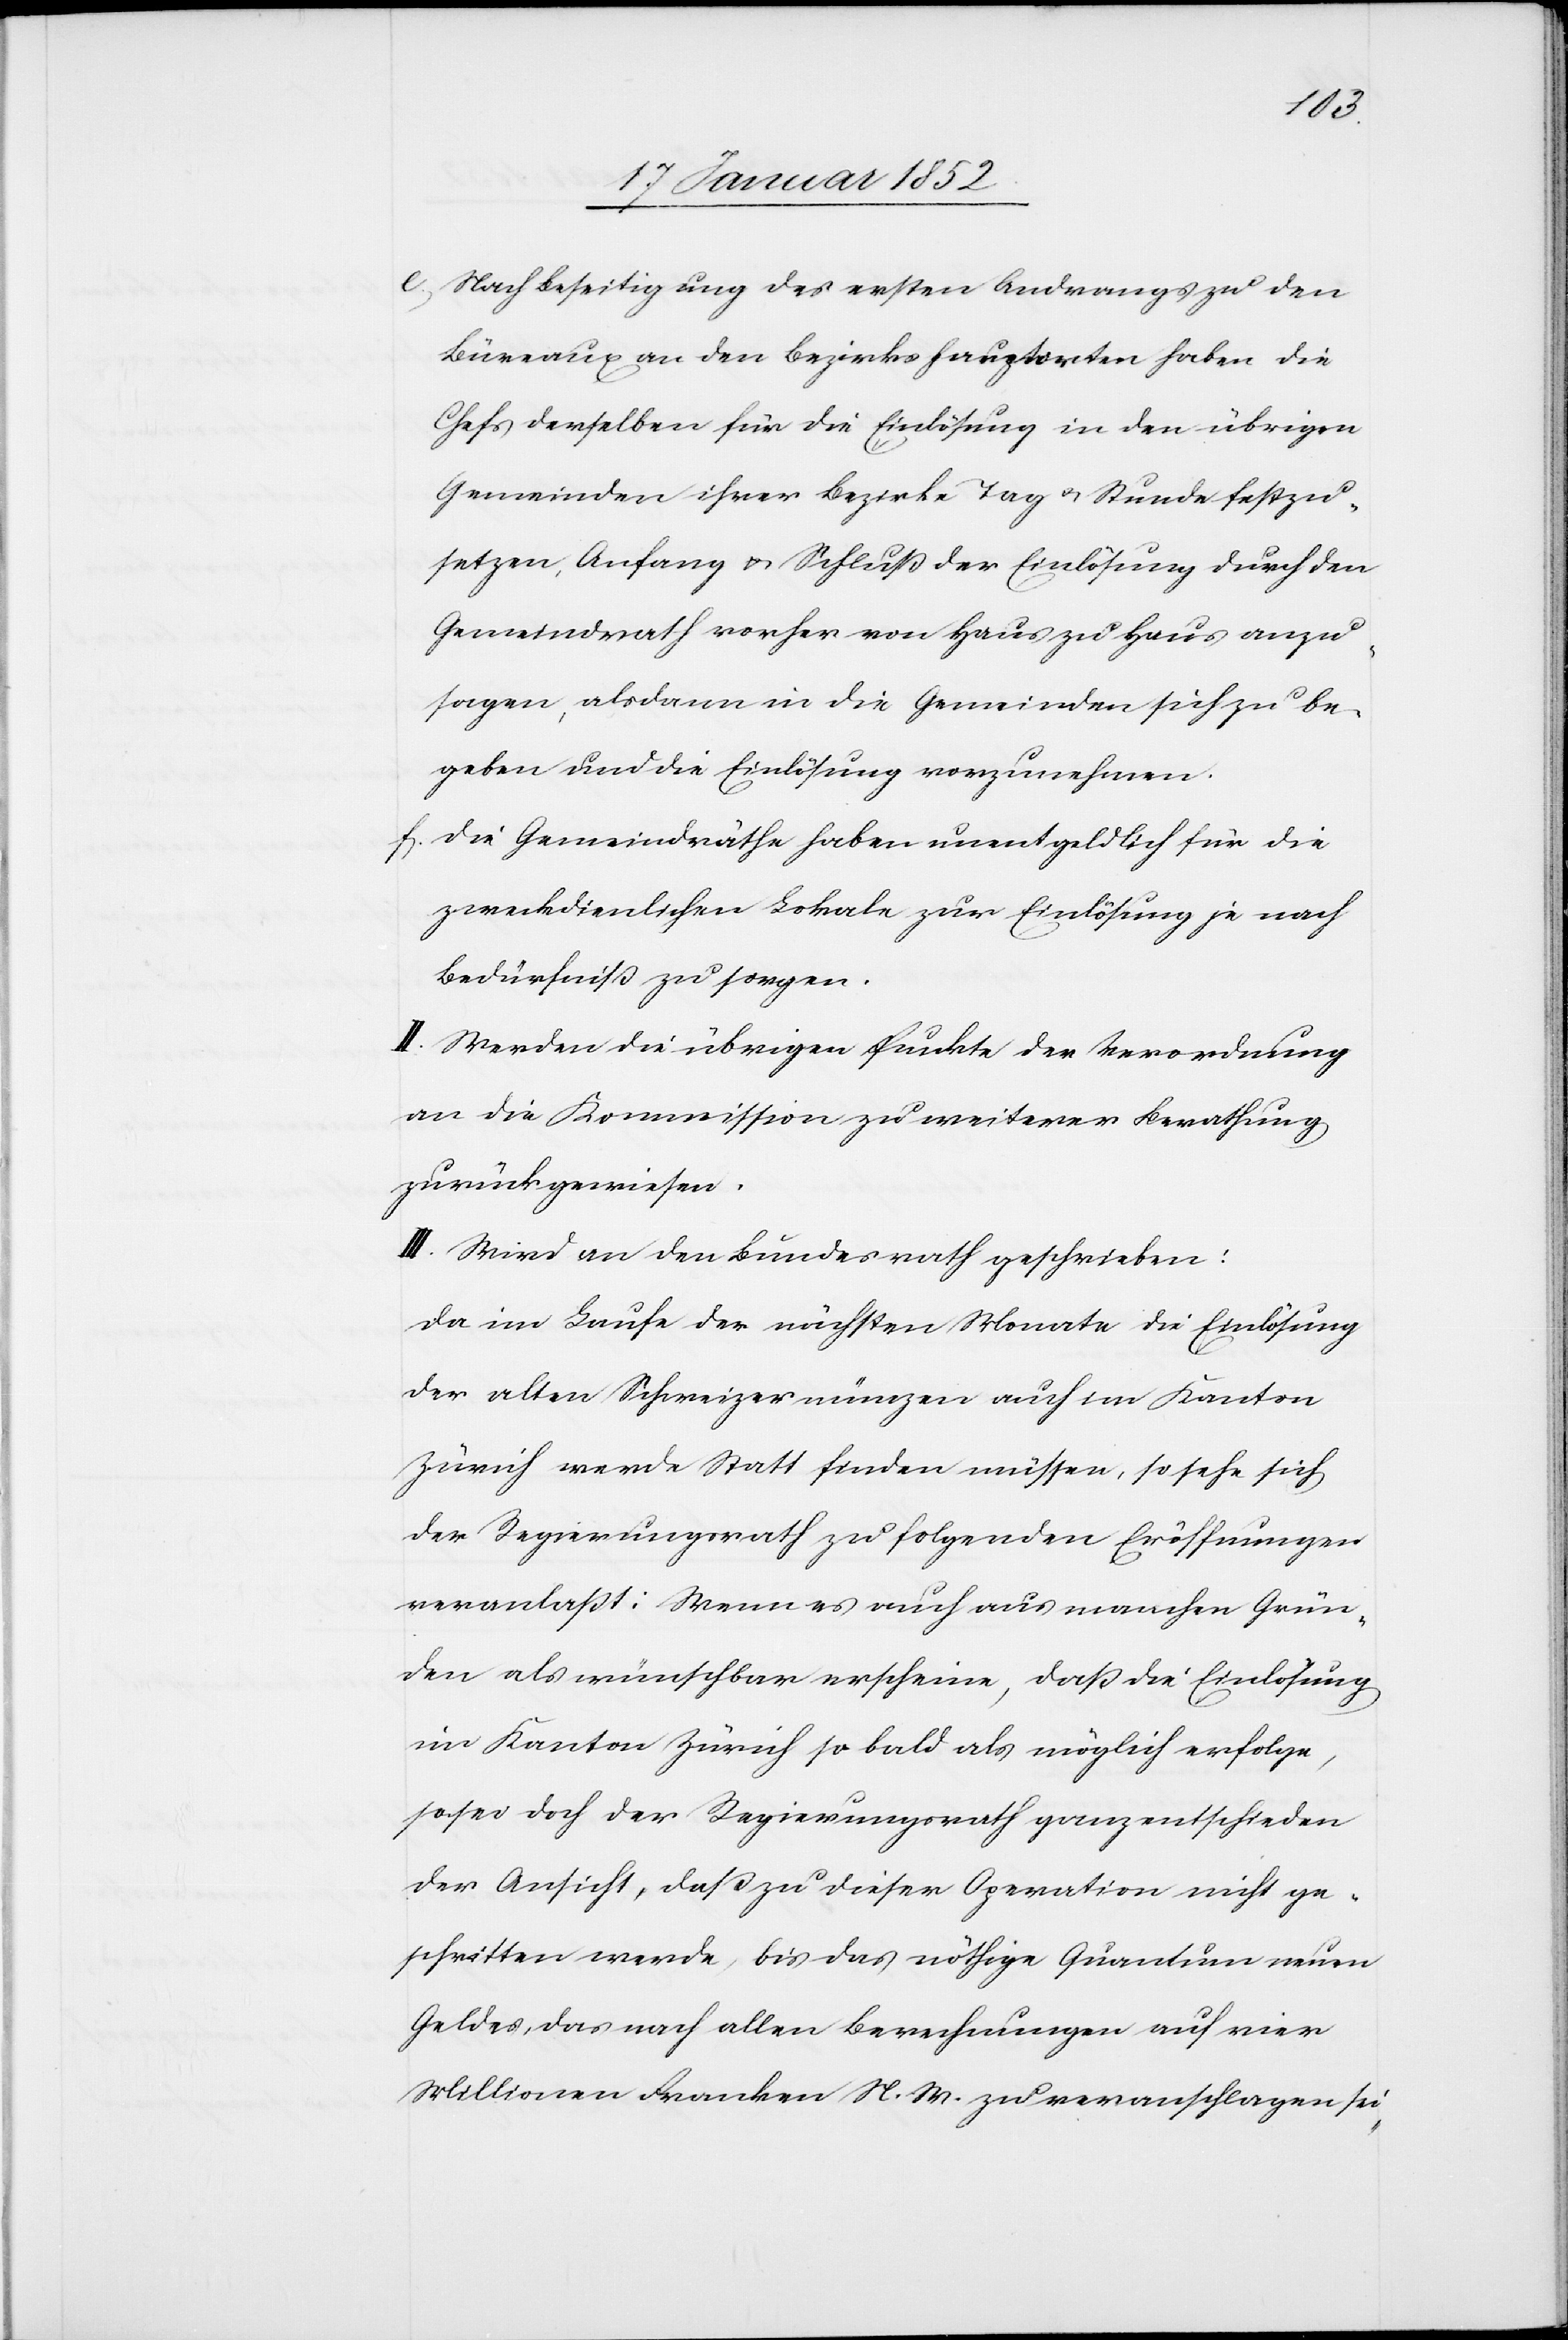
e.) Nach Beseitigung des ersten Andrangs zu den
Büreaus an den Bezirkshauptorten haben die
Chefs derselben für die Einlösung in den übrigen
Gemeinden ihrer Bezirke Tag u. Stunde festzu¬
setzen, Anfang u. Schluß der Einlösung durch den
Gemeindrath vorher von Haus zu Haus anzu¬
sagen, alsdann in die Gemeinden sich zu be¬
geben und die Einlösung vorzunehmen.
f.) Die Gemeindräthe haben unentgeldlich für die
zweckdienlichen Lokale zur Einlösung je nach
Bedürfniß zu sorgen.
II. Werden die übrigen Punkte der Verordnung
an die Kommission zu weiterer Berathung
zurückgewiesen.
III. Wird an den Bundesrath geschrieben:
Da im Laufe der nächsten Monate die Einlösung
der alten Schweizermünzen auch im Kanton
Zürich werde Statt finden müssen, so sehe sich
der Regierungsrath zu folgenden Eröffnungen
veranlaßt: Wenn es auch aus manchen Grün¬
den als wünschbar erscheine, daß die Einlösung
im Kanton Zürich so bald als möglich erfolge,
so sei doch der Regierungsrath ganz entschieden
der Ansicht, daß zu dieser Operation nicht ge¬
schritten werde, bis das nöthige Quantum neuen
Geldes, das nach allen Berechnungen auf vier
Millionen Franken n. W. zu veranschlagen sei,